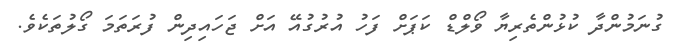
ގުނަމުންދާ ކުޅުންތެރިޔާ ވޯލްޑް ކަޕަށް ފަހު އުރުގުއޭ އަށް ޖަހައިދިން ފުރަތަމަ ގޯލުތަކެވެ.